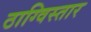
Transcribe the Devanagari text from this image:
ठाग्विस्तार